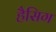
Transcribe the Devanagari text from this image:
हैसिग